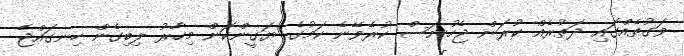
ވަގުތެއްގައި ދަތުރެއް ކުރަން ޖެހުނަސް ކުރެވޭނެ ކަމުގެ ޔަގީންކަން މިހާރު ލިބިގެން ހިނގައްޖެ